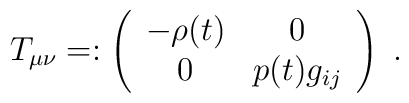
T_{\mu\nu}=:\left(\begin{array}{cc}-\rho(t) & 0 \\0 & p(t) g_{i j}  \end{array}\right)\;.